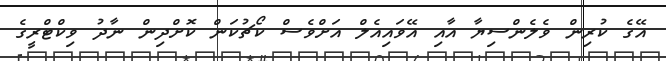
އޭގެ ކުރިން ވެލެންސިޔާ އާއި އޭވައިއެލް އަށްވެސް ކޯޗުކަން ކޮށްދިން ނާދު ވިކްޓްރީގެ